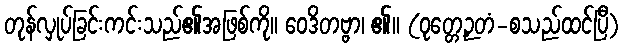
တုန်လှုပ်ခြင်းကင်းသည်၏အဖြစ်ကို။ ဝေဒိတဗ္ဗာ၊ ၏။ (ဝုတ္တေဉှတံ-စသည်ထင်ပြီ)